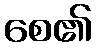
စေ၏